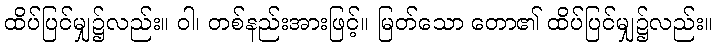
ထိပ်ပြင်မျှ၌လည်း။ ဝါ၊ တစ်နည်းအားဖြင့်။ မြတ်သော တော၏ ထိပ်ပြင်မျှ၌လည်း။